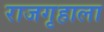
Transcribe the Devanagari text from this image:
राजगृहाला